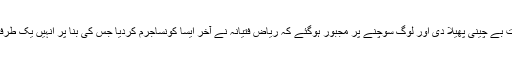
اس اچانک اعلان نے تحریک انصاف کے حلقوں میں زبردست بے چینی پھیلا دی اور لوگ سوچنے پر مجبور ہوگئے کہ ریاض فتیانہ نے آخر ایسا کونساجرم کردیا جس کی بنا پر انہیں یک طرفہ طور پر فیصلہ کرتے ہوئے پارٹی سے بے دخل کردیا گیا۔